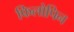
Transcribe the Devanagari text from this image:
फिलोपिन